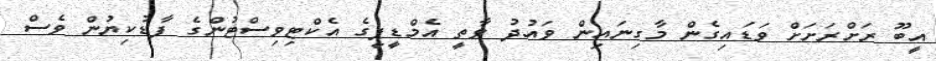
އީބޫ ރަށްރަށަށް ވަޑައިގެން މާގިނައިން ވައުދު ވާތީ އެމްޑީޕީގެ އެކްޓިވިސްޓުންގެ ފާޑުކިޔުން ވެސް